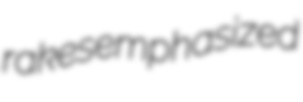
rakes emphasized